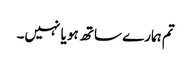
تم ہمارے ساتھ ہو یا نہیں۔